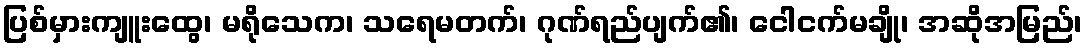
ပြစ်မှားကျူးထွေ၊ မရိုသေက၊ သရေမတက်၊ ဂုဏ်ရည်ပျက်၏၊ ငေါငက်မချို၊ အဆိုအမြည်၊